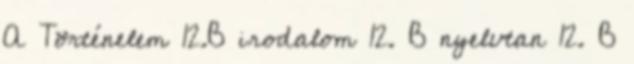
A Történelem 12.B irodalom 12. B nyelvtan 12. B